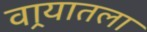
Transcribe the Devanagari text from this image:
वार्‍यातला